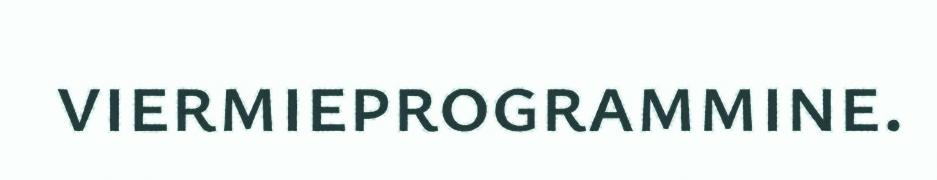
viermieprogrammine.